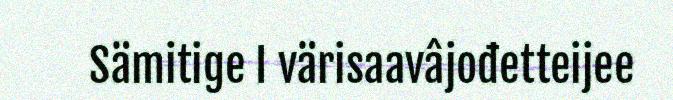
Sämitige I värisaavâjođetteijee